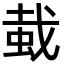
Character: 蛓